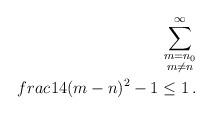
LaTeX: \begin{align*}\sum_{\substack{m=n_0\\ m\not=n}}^\infty\\frac{1}{4(m-n)^2-1}\le1\,.\end{align*}